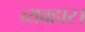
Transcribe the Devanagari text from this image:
व्‍यवहार।